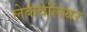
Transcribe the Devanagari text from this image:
लेकेवेलियर